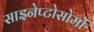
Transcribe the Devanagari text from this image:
साइनेप्टोसोमों